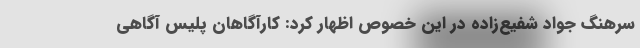
سرهنگ جواد شفیع‌زاده در این خصوص اظهار کرد: کارآگاهان پلیس آگاهی